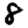
Digit: 8